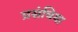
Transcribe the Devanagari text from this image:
प्रसंघिया